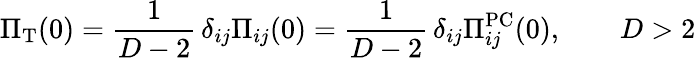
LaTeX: \Pi_{\mathrm{T}}(0)=\frac{1}{D-2}\, \delta_{ij}\Pi_{ij}(0)=\frac{1}{D-2}\, \delta_{ij}\Pi_{ij}^{\mathrm{PC}}(0),\qquad D>2